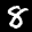
Label: 8